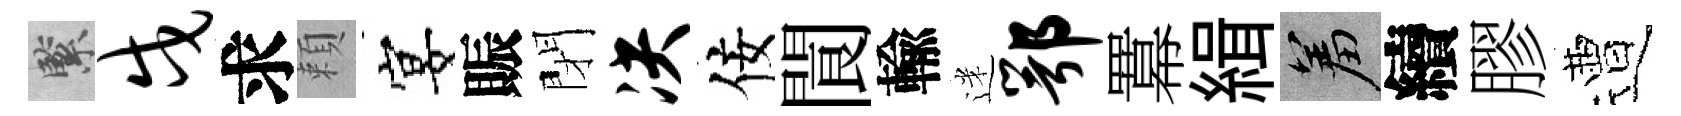
緊戍求頼宴賑閉决佞閬輸迷鄂羃緝羞續膠遭